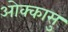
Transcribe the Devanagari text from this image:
ओक्कासु